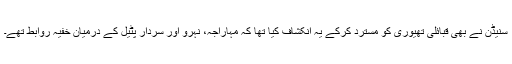
سنیڈن نے بھی قبائلی تھیوری کو مسترد کرکے یہ انکشاف کیا تھا کہ مہاراجہ، نہرو اور سردار پٹیل کے درمیان خفیہ روابط تھے۔